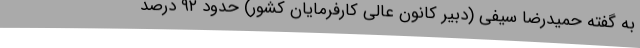
به گفته حمیدرضا سیفی (دبیر کانون عالی کارفرمایان کشور) حدود ۹۲ درصد